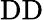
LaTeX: \mathrm{DD}